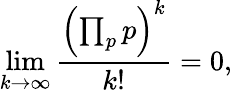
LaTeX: \operatorname*{lim}_{k\to\infty}{\frac{\left(\prod_{p}p\right)^{k}}{k!}}=0,